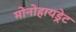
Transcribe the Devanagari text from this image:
मोनोहायड्रेट